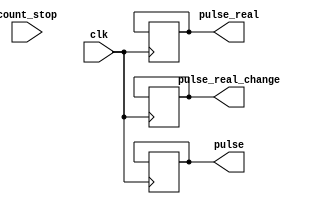
module hz_square(
    input clk,

    input count_stop,
    output reg pulse,
    output reg [12 - 1:0] pulse_real,
    output reg pulse_real_change
);

    reg [18:0] count;

    reg hz_clk;
    reg [8:0] hz_clk_div;


    initial begin
        count <= 0;

        pulse <= 0;
        pulse_real <= 0;
        pulse_real_change <= 0;

        hz_clk     <= 0;
        hz_clk_div <= 0;
    end


    always @(posedge clk) begin
        if(hz_clk_div == 13 * 2) begin
           hz_clk_div <= 0;

            if(count == 50000000/(13 * 2)) begin
                count <= 0;

                pulse = ~pulse;
                pulse_real_change <= ~pulse_real_change;

                if(pulse_real == 0) begin
                    pulse_real <= 4095;
                end else begin
                    pulse_real <= 0;
                end

            end else begin
                count <= count + 1;
            end
        end else begin
            if(~count_stop)
                hz_clk_div <= hz_clk_div + 1;
        end
    end


endmodule